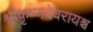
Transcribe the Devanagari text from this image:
श्रीकृष्णदेवरायश्च